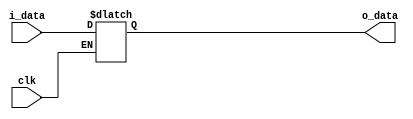
module latch
(
input		clk,
input		i_data,
output reg	o_data
);


always @(*) begin
	if(clk)
	o_data <= i_data;
end

endmodule


module dff
(
input		clk,
input		i_data,
output reg	o_data
);


always @(posedge clk) begin
	o_data <= i_data;
end

endmodule